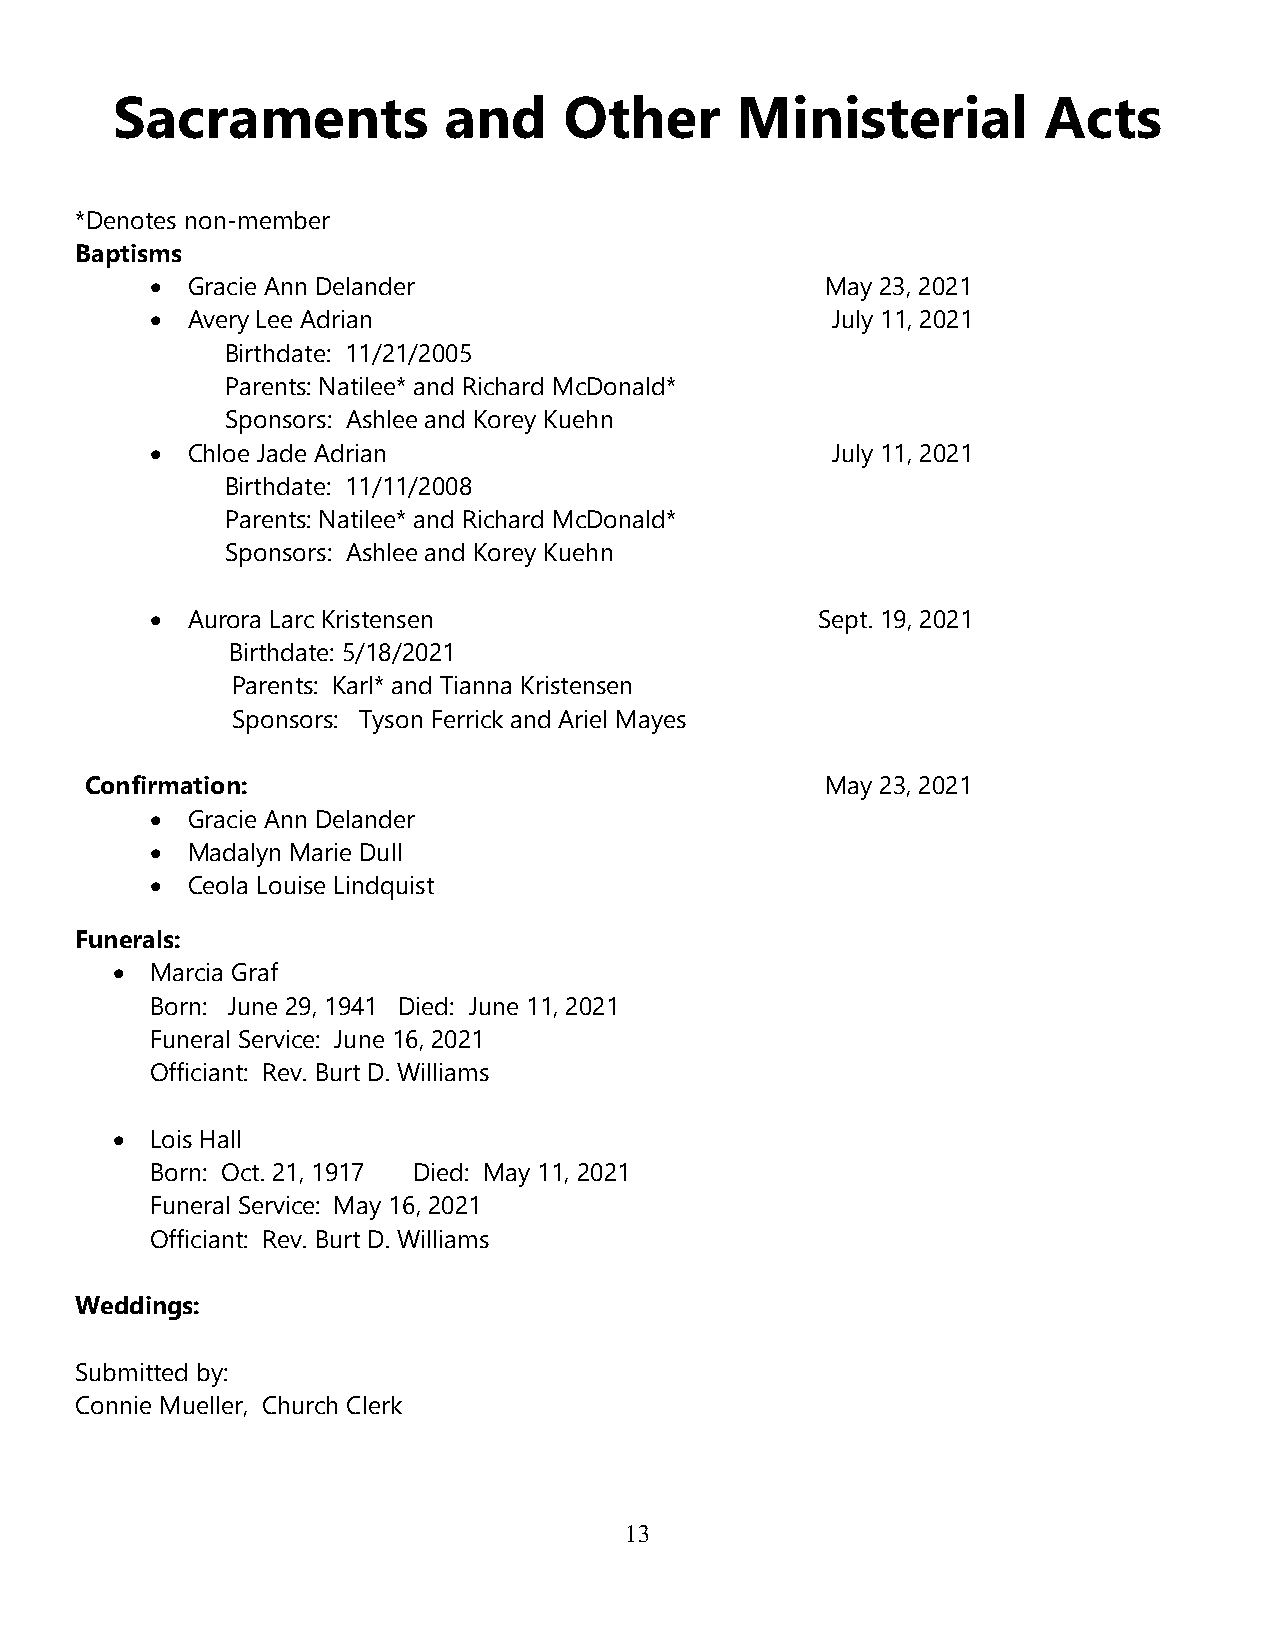
Sacraments            and     Other       Ministerial         Acts
 *Denotes non-member
 Baptisms
 • Gracie Ann Delander                        May 23, 2021
 • Avery Lee Adrian                           July 11, 2021
 Birthdate: 11/21/2005
 Parents: Natilee* and Richard McDonald*
 Sponsors: Ashlee and Korey Kuehn
 • Chloe Jade Adrian                          July 11, 2021
 Birthdate: 11/11/2008
 Parents: Natilee* and Richard McDonald*
 Sponsors: Ashlee and Korey Kuehn
 • Aurora Larc Kristensen                    Sept. 19, 2021
 Birthdate: 5/18/2021
 Parents: Karl* and Tianna Kristensen
 Sponsors: Tyson Ferrick and Ariel Mayes
 Confirmation:                                    May 23, 2021
 • Gracie Ann Delander
 • Madalyn Marie Dull
 • Ceola Louise Lindquist
 Funerals:
 •  Marcia Graf
 Born: June 29, 1941 Died: June 11, 2021
 Funeral Service: June 16, 2021
 Officiant: Rev. Burt D. Williams
 •  Lois Hall
 Born: Oct. 21, 1917 Died: May 11, 2021
 Funeral Service: May 16, 2021
 Officiant: Rev. Burt D. Williams
 Weddings:
 Submitted by:
 Connie Mueller, Church Clerk
 13